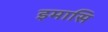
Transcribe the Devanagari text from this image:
इमासि